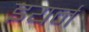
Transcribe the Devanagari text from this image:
इयर्न